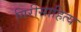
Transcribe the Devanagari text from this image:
गिरीसाहित्य